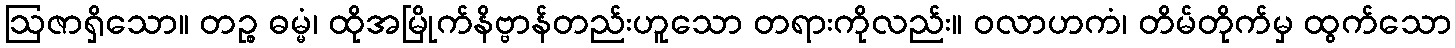
ဩဇာရှိသော။ တဉ္စ ဓမ္မံ၊ ထိုအမြိုက်နိဗ္ဗာန်တည်းဟူသော တရားကိုလည်း။ ဝလာဟကံ၊ တိမ်တိုက်မှ ထွက်သော